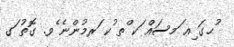
ުޙގަ ިއ ަމސައް ަކ ްތ ުކ ަރމުންނެ ެވ. ގޮތު ަގ